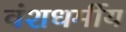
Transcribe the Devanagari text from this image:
वंशधर्मीय